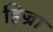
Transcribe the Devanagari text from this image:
हिज्रा